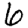
Digit: 6